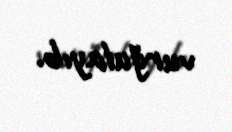
vurğulayıb.